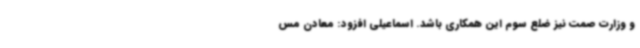
و وزارت صمت نیز ضلع سوم این همکاری باشد. اسماعیلی افزود: معادن مس